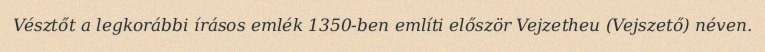
Vésztőt a legkorábbi írásos emlék 1350-ben említi először Vejzetheu (Vejszető) néven.